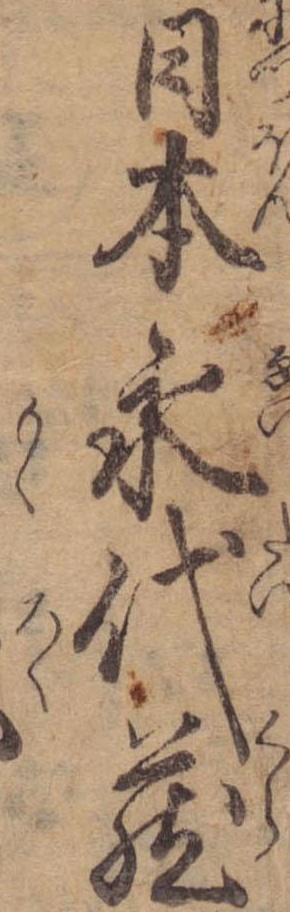
日本永代蔵